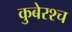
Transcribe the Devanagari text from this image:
कुबेरश्च